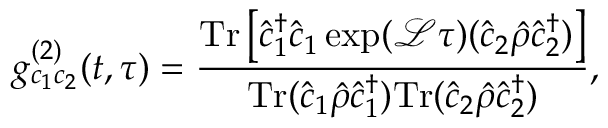
g _ { c _ { 1 } c _ { 2 } } ^ { ( 2 ) } ( t , \tau ) = \frac { \mathrm { T r } \left[ \hat { c } _ { 1 } ^ { \dagger } \hat { c } _ { 1 } \exp ( \mathcal { L } \tau ) ( \hat { c } _ { 2 } \hat { \rho } \hat { c } _ { 2 } ^ { \dagger } ) \right] } { \mathrm { T r } ( \hat { c } _ { 1 } \hat { \rho } \hat { c } _ { 1 } ^ { \dagger } ) \mathrm { T r } ( \hat { c } _ { 2 } \hat { \rho } \hat { c } _ { 2 } ^ { \dagger } ) } ,